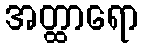
အတ္ထာရော